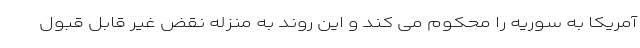
آمریکا به سوریه را محکوم می کند و این روند به منزله نقض غیر قابل قبول